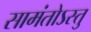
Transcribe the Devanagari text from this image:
सामंतोऽस्तु